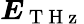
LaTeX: \boldsymbol{E}_{\mathrm{~T~H~z~}}